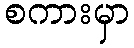
စကားမှာ